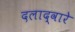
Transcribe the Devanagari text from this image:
दलाद्वारे